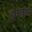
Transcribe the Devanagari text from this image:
हारलॉट